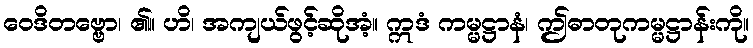
ဝေဒိတဗ္ဗော၊ ၏။ ဟိ၊ အကျယ်ဖွင့်ဆိုအံ့။ ဣဒံ ကမ္မဋ္ဌာနံ၊ ဤဓာတုကမ္မဋ္ဌာန်းကို။